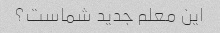
این معلم جدید شماست؟